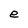
Character: e